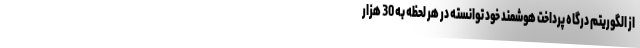
از الگوریتم درگاه پرداخت هوشمند خود توانسته در هر لحظه به 30 هزار